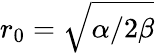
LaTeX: r_{0}=\sqrt{\alpha/2\beta}